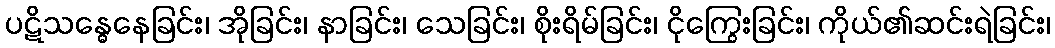
ပဋိသန္ဓေနေခြင်း၊ အိုခြင်း၊ နာခြင်း၊ သေခြင်း၊ စိုးရိမ်ခြင်း၊ ငိုကြွေးခြင်း၊ ကိုယ်၏ဆင်းရဲခြင်း၊